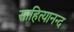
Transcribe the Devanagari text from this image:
साहित्यानन्द